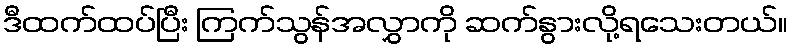
ဒီထက်ထပ်ပြီး ကြက်သွန်အလွှာကို ဆက်နွားလို့ရသေးတယ်။